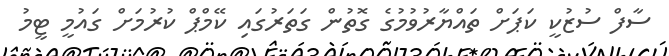
ސާފް ސުޒުކީ ކަޕަށް ތައްޔާރުވުމުގެ ގޮތުން ގަތަރުގައި ކޭމްޕް ކުރުމަށް ގައުމީ ޓީމު